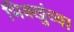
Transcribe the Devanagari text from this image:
भिक्खुंच्या